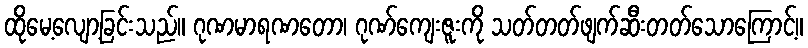
ထိုမေ့လျော့ခြင်းသည်။ ဂုဏမာရဏတော၊ ဂုဏ်ကျေးဇူးကို သတ်တတ်ဖျက်ဆီးတတ်သောကြောင့်။